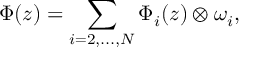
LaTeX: \Phi ( z ) = \sum _ { i = 2 , . . . , N } \Phi _ { i } ( z ) \otimes \omega _ { i } ,